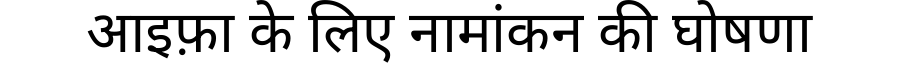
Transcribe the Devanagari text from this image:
आइफ़ा के लिए नामांकन की घोषणा